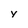
Character: y